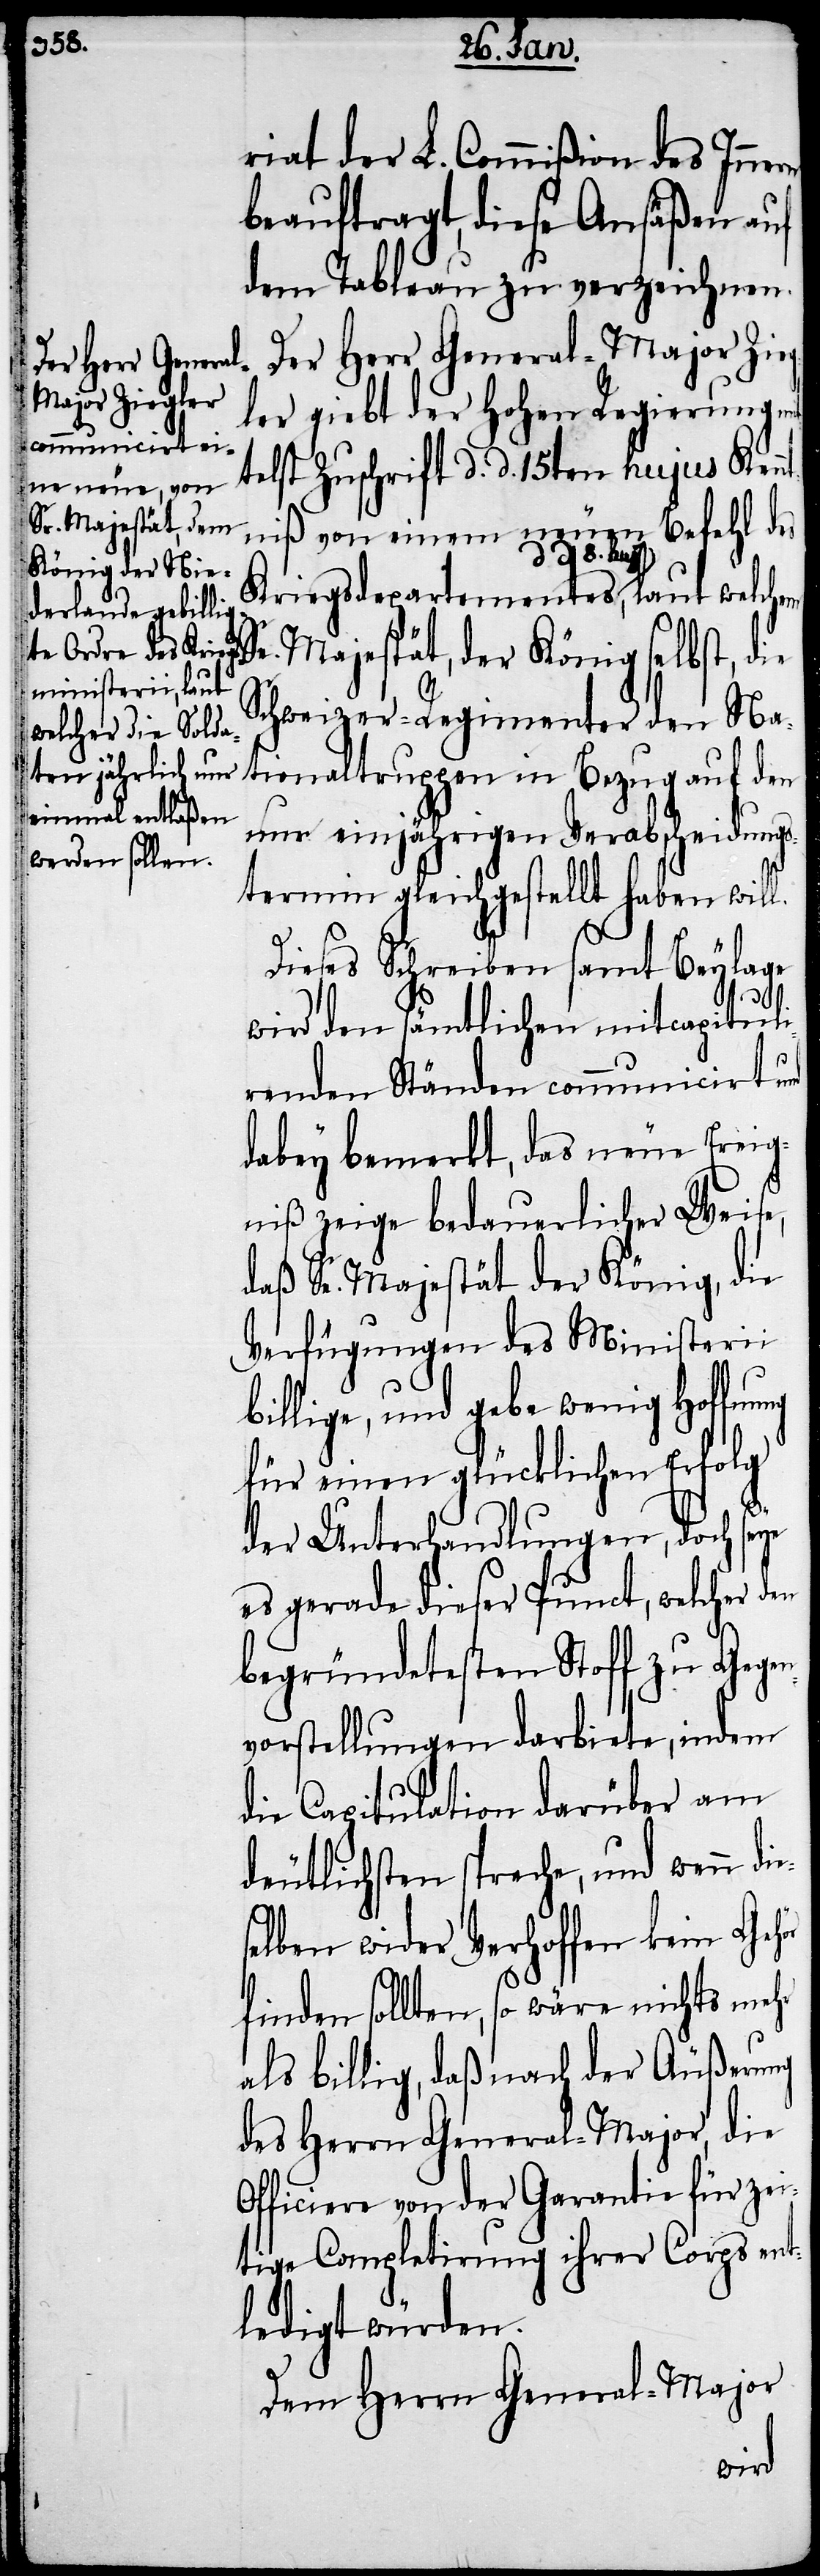
riat der L. Commißion des Innern
beauftragt, diese Ansäßen auf
dem Tableau zu verzeichnen.
Der Herr General-Major Zi¬
ler giebt der Hohen Regierung
telst Zuschrift d. d. 15ten hujus Ken¬
ntniß von einem neuen Befehl des
Kriegsdepartementes a-d. d.
Se. Majestät, der König selbst, die
Schweizer-Regimenter den Na¬
tionaltruppen in Bezug auf den
nur einjährigen Verabscheidungs¬
termin gleichgestellt haben will.
Dieses Schreiben samt Beylage
wird den sämtlichen mitcapituli¬
renden Ständen communicirt und
dabey bemerkt, das neue Ereig¬
niß zeige bedauerlicher Weise,
daß Se. Majestät der König, die
Verfügungen des Ministerii
billige, und gebe wenig Hoffnung
für einen glücklichen Erfolg
es¬
der Unterhandlungen, doch se¬
es gerade dieser Punct, welcher
begründetesten Stoff zu Gegen¬
vorstellungen darbiete, indem
die Capitulation darüber am
deutlichsten spreche, und wenn di¬
elben wider Verhoffen kein Gehör
finden sollten, so wäre nichts mehr
als billig, daß nach der Äußerung
des Herrn General-Major, die
Officiere von der Garantie für zei¬
tige Completierung ihrer Corps ent¬
ledigt würden.
Dem Herrn General-Major
ye